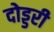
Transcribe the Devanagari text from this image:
दोड्डरी